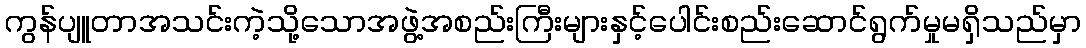
ကွန်ပျူတာအသင်းကဲ့သို့သောအဖွဲ့အစည်းကြီးများနှင့်ပေါင်းစည်းဆောင်ရွက်မှုမရှိသည်မှာ